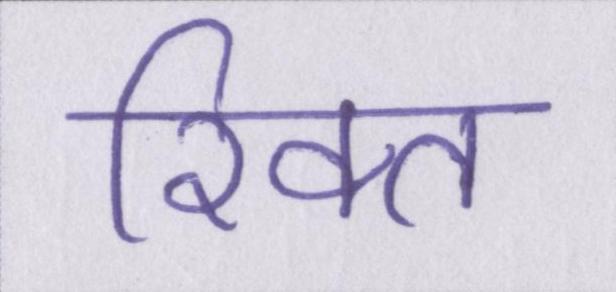
रिक्त